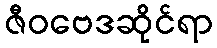
ဇီဝဗေဒဆိုင်ရာ